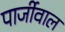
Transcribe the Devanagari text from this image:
पार्जीवाल